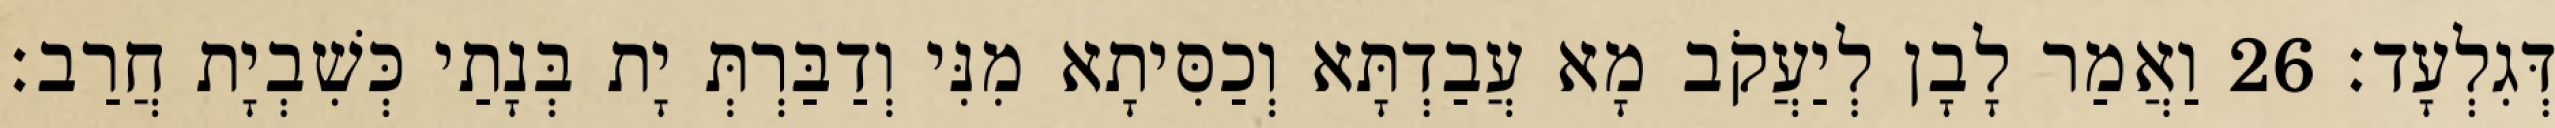
דְּגִלְעָד׃ 26 וַאֲמַר לָבָן לְיַעֲקֹב מָא עֲבַדְתָּא וְכַסִּיתָא מִנִּי וְדַבַּרְתְּ יָת בְּנָתַי כְּשִׁבְיָת חֲרַב׃